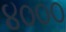
૪૦૦૦